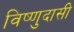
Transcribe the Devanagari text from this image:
विष्णुदासी